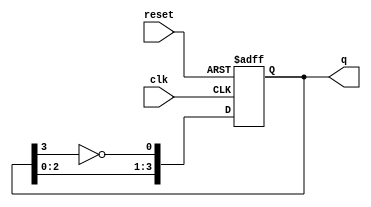
module johnson_counter (
    input wire clk,          // Clock input
    input wire reset,        // Asynchronous reset input
    output reg [3:0] q       // 4-bit output representing the counter state
);

    always @(posedge clk or posedge reset) begin
        if (reset) begin
            // Asynchronous reset to 0000
            q <= 4'b0000;
        end else begin
            // Johnson counter logic
            q[0] <= ~q[3];    // Invert the last flip-flop output and feed to the first
            q[1] <= q[0];     // Shift the first flip-flop output to the second
            q[2] <= q[1];     // Shift the second flip-flop output to the third
            q[3] <= q[2];     // Shift the third flip-flop output to the fourth
        end
    end

endmodule